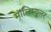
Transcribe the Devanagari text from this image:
मॉलिम्यूलर